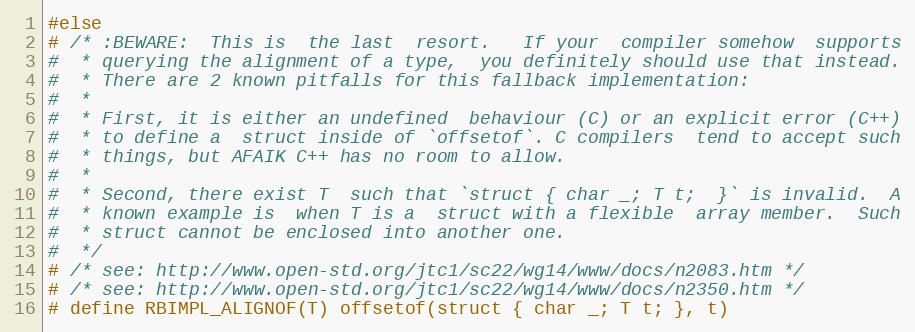
Language: C
#else
# /* :BEWARE:  This is  the last  resort.   If your  compiler somehow  supports
#  * querying the alignment of a type,  you definitely should use that instead.
#  * There are 2 known pitfalls for this fallback implementation:
#  *
#  * First, it is either an undefined  behaviour (C) or an explicit error (C++)
#  * to define a  struct inside of `offsetof`. C compilers  tend to accept such
#  * things, but AFAIK C++ has no room to allow.
#  *
#  * Second, there exist T  such that `struct { char _; T t;  }` is invalid.  A
#  * known example is  when T is a  struct with a flexible  array member.  Such
#  * struct cannot be enclosed into another one.
#  */
# /* see: http://www.open-std.org/jtc1/sc22/wg14/www/docs/n2083.htm */
# /* see: http://www.open-std.org/jtc1/sc22/wg14/www/docs/n2350.htm */
# define RBIMPL_ALIGNOF(T) offsetof(struct { char _; T t; }, t)